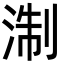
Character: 淛